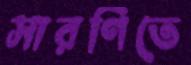
সারণিতে